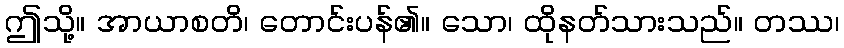
ဤသို့။ အာယာစတိ၊ တောင်းပန်၏။ သော၊ ထိုနတ်သားသည်။ တဿ၊